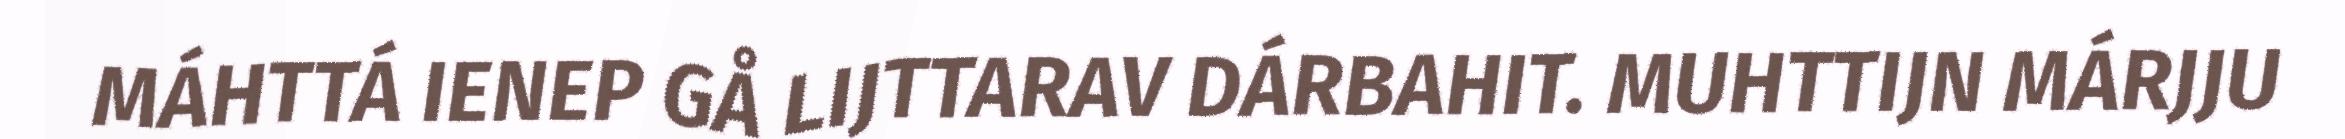
MÁHTTÁ IENEP GÅ LIJTTARAV DÁRBAHIT. MUHTTIJN MÁRJJU